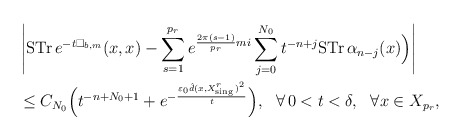
\begin{align*} &\left\vert \mathrm{STr\,}e^{-t\Box_{b,m}}(x,x)-\sum\limits^{p_r}_{s=1}e^{\frac{2\pi(s-1)}{p_r}mi}\sum^{N_0}_{j=0}t^{-n+j}\mathrm{STr\,}\alpha_{n-j}(x)\Bigr)\right\vert \\&\leq C_{N_0}\Bigr(t^{-n+N_0+1}+e^{-\frac{\varepsilon_0\hat d(x,X^r_{\mathrm{sing\,}})^2}{t}}\Bigr),\ \ \forall \,0<t<\delta,\ \ \forall x\in X_{p_r},\end{align*}